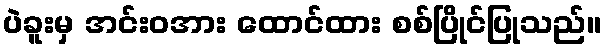
ပဲခူးမှ အင်းဝအား ထောင်ထား စစ်ပြိုင်ပြုသည်။